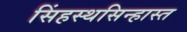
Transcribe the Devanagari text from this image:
सिंहस्थसिन्हास्त